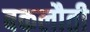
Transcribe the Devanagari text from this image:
बकलौती